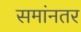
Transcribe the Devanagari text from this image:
समांनतर